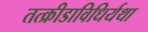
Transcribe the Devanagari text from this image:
तत्क्रीडाविधिर्यथा